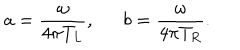
LaTeX: a = { \frac { \omega } { 4 \pi T _ { L } } } , b = { \frac { \omega } { 4 \pi T _ { R } } } .